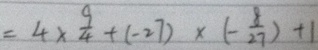
= 4 \times \frac { 9 } { 4 } + ( - 2 7 ) \times ( - \frac { 8 } { 2 7 } ) + 1